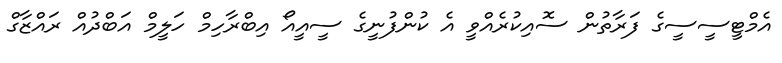
އެމްޓީސީސީގެ ފަރާތުން ސޮއިކުރެއްވީ އެ ކުންފުނީގެ ސީއީއޯ އިބްރާހިމް ހަލީމް އަބްދުއް ރައްޒާގް